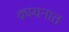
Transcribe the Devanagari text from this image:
क़ायनात